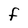
Character: F